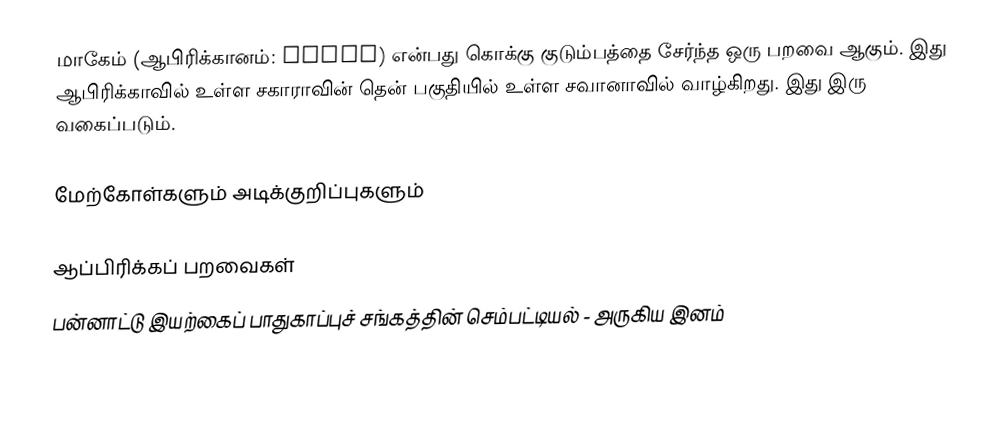
மாகேம் (ஆபிரிக்கானம்: Mahem) என்பது கொக்கு குடும்பத்தை சேர்ந்த ஒரு பறவை ஆகும். இது ஆபிரிக்காவில் உள்ள சகாராவின் தென் பகுதியில் உள்ள சவானாவில் வாழ்கிறது. இது இரு வகைப்படும்.

மேற்கோள்களும் அடிக்குறிப்புகளும்

ஆப்பிரிக்கப் பறவைகள்
பன்னாட்டு இயற்கைப் பாதுகாப்புச் சங்கத்தின் செம்பட்டியல் - அருகிய இனம்